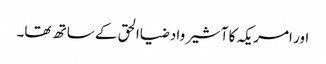
اور امریکہ کا آشیرواد ضیاالحق کے ساتھ تھا۔